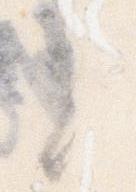
に